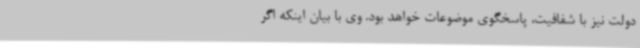
دولت نیز با شفافیت، پاسخگوی موضوعات خواهد بود. وی با بیان اینکه اگر